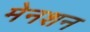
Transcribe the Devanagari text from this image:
मेनशन